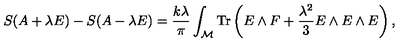
S ( A + \lambda E ) - S ( A - \lambda E ) = { \frac { k \lambda } { \pi } } \int _ { \cal M } \mathrm { T r } \left( E \wedge F + { \frac { \lambda ^ { 2 } } { 3 } } E \wedge E \wedge E \right) ,